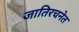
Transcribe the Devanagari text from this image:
जातिरचनेत